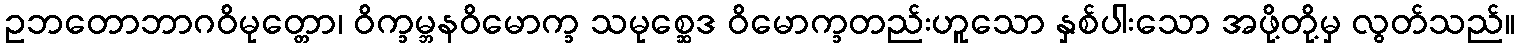
ဥဘတောဘာဂဝိမုတ္တော၊ ဝိက္ခမ္ဘနဝိမောက္ခ သမုစ္ဆေဒ ဝိမောက္ခတည်းဟူသော နှစ်ပါးသော အဖို့တို့မှ လွတ်သည်။